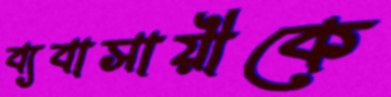
ব্যবাসায়ীকে